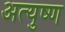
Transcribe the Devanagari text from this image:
अत्युष्ण